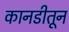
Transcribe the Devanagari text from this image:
कानडीतून